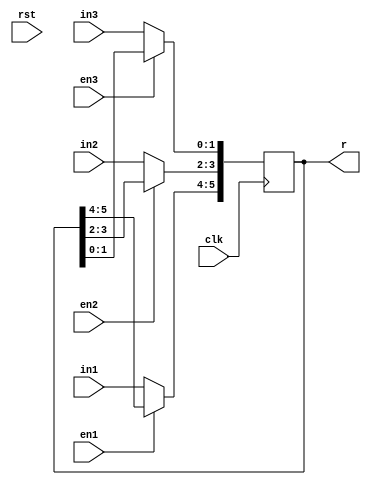
module exp( clk , rst, in1 , in2 , in3 , en1 , en2 , en3, r);
  input clk;
  input rst;
  input [1:0] in1;
  input [1:0] in2;
  input [1:0] in3;
  input en1;
  input en2;
  input en3;
  output [5:0] r;
  reg [5:0] r;
  wire [5:0] r_next;
  wire [1:0] mux1;
  wire [1:0] mux2;
  wire [1:0] mux3;
  assign r_next = { mux1, mux2, mux3 };
  assign mux1 = en1 ? r[5:4] : in1;
  assign mux2 = en2 ? r[3:2] : in2;
  assign mux3 = en3 ? r[1:0] : in3;
  always @(posedge clk)
    r <= r_next;
endmodule